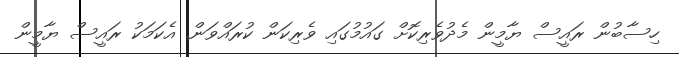
ހިސާބުން ރައީސް ޔާމީން މެދުވެރިކޮށް ގައުމުގައި ވެރިކަން ކުރައްވަން